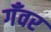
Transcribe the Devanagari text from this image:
गँवर